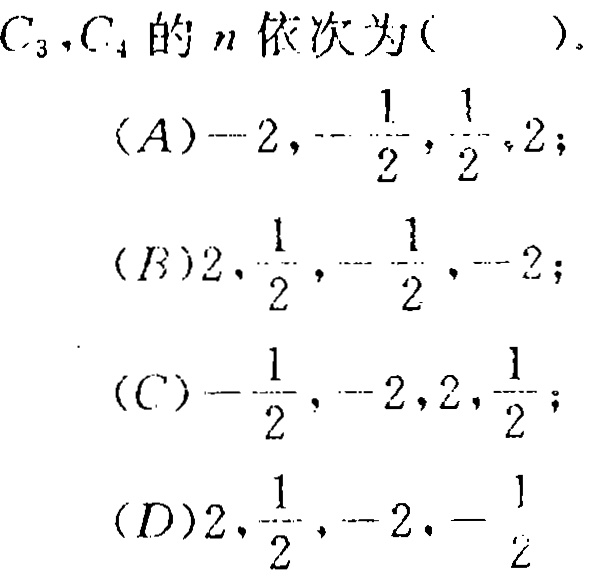
\(C_{3},C_{4}\)的\(n\)依次为(  ).
(A)\(-2,-\frac{1}{2},\frac{1}{2},2\);
(B)\(2,\frac{1}{2},-\frac{1}{2},-2\);
(C)\(-\frac{1}{2},-2,2,\frac{1}{2}\);
(D)\(2,\frac{1}{2},-2,-\frac{1}{2}\)